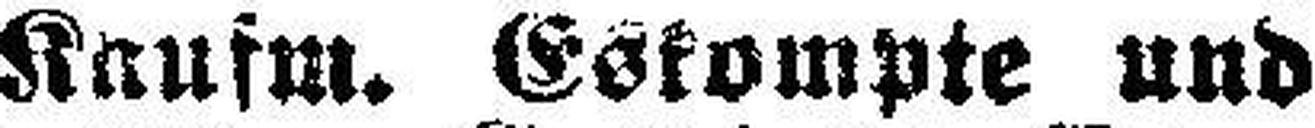
Kaufm. Eskompte und